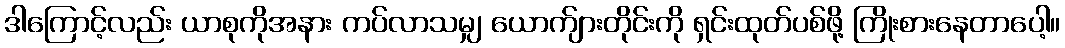
ဒါကြောင့်လည်း ယာစုကိုအနား ကပ်လာသမျှ ယောက်ျားတိုင်းကို ရှင်းထုတ်ပစ်ဖို့ ကြိုးစားနေတာပေါ့။